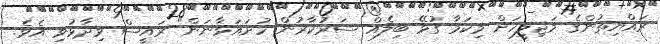
ރައްޔިތުންގެ މަޖިލީހަށް މިކަމާ ގުޅޭ ބިލެއް ސަރުކާރުން ހުށައަޅާނަން" ރައީސް ވިދާޅުވި އެވެ.